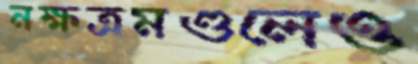
নক্ষত্রমণ্ডলেও